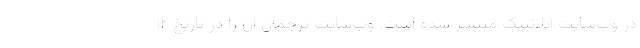
در وب‌سایت آتلانتیک منتشر شده است. وب‌سایت ترجمان آن را در تاریخ ۱۲